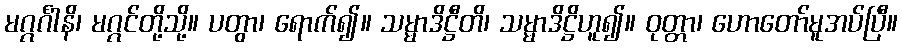
မဂ္ဂင်္ဂါနိ၊ မဂ္ဂင်တို့သို့။ ပတွာ၊ ရောက်၍။ သမ္မာဒိဋ္ဌီတိ၊ သမ္မာဒိဋ္ဌိဟူ၍။ ဝုတ္တာ၊ ဟောတော်မူအပ်ပြီ။